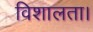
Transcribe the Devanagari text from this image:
विशालता।